Annual returns of the Patna Lunatic Asylum at Bankipore in Bihar and Orissa - 1912-1924
Year: 1912
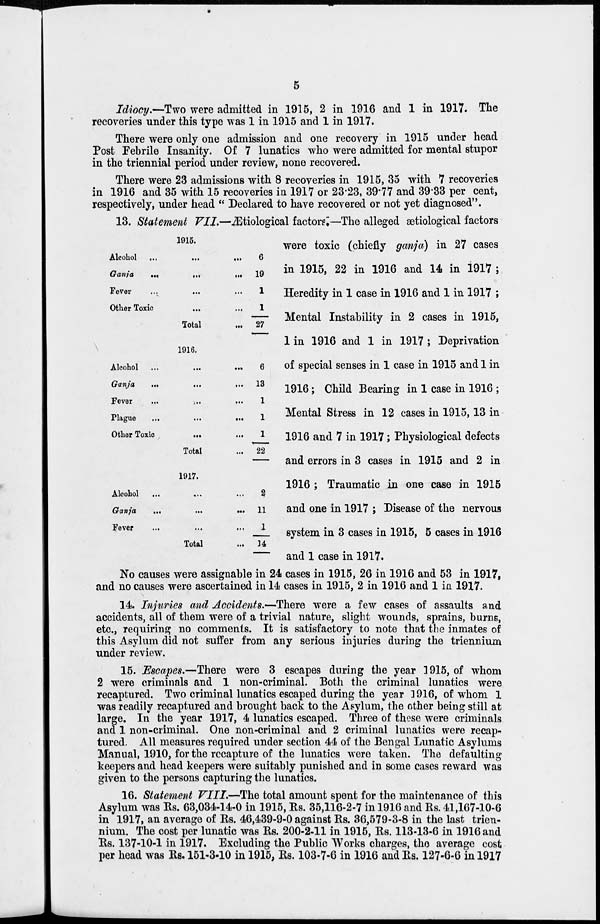
5
Idiocy.—Two were admitted in 1915, 2 in 1916 and 1 in 1917. The
recoveries under this type was 1 in 1915 and 1 in 1917.
There were only one admission and one recovery in 1915 under head
Post Febrile Insanity. Of 7 lunatics who were admitted for mental stupor
in the triennial period under review, none recovered.
There were 23 admissions with 8 recoveries in 1915, 35 with 7 recoveries
in 1916 and 35 with 15 recoveries in 1917 or 23.23, 39.77 and 39.33 per cent,
respectively, under head " Declared to have recovered or not yet diagnosed".
1915.
Alcohol
...
...
...
Ganja
...
...
...
Fever ... ... ...
Other Toxic ... ...
Total ...
6
19
1
1
27
1916.
Alcohol
...
...
...
Ganja
...
...
...
Fever ... ... ...
Plague
...
...
...
Other Toxic
...
...
Total ...
6
13
1
1
1
22
1917.
Alcohol ... ... ...
Ganja
...
...
...
Fever ... ... ...
Total ...
2
11
1
14
13. Statement VII.—Ætiological factors.—The alleged ætiological factors
were toxic (chiefly ganja) in 27 cases
in 1915, 22 in 1916 and 14 in 1917 ;
Heredity in 1 case in 1916 and 1 in 1917 ;
Mental Instability in 2 cases in 1915,
1 in 1916 and 1 in 1917 ; Deprivation
of special senses in 1 case in 1915 and 1 in
1916; Child Bearing in 1 case in 1916 ;
Mental Stress in 12 cases in 1915, 13 in
1916 and 7 in 1917; Physiological defects
and errors in 3 cases in 1915 and 2 in
1916 ; Traumatic in one case in 1915
and one in 1917 ; Disease of the nervous
system in 3 cases in 1915, 5 cases in 1916
and 1 case in 1917.
No causes were assignable in 24 cases in 1915, 26 in 1916 and 53 in 1917,
and no causes were ascertained in 14 cases in 1915, 2 in 1916 and 1 in 1917.
14. Injuries and Accidents.—There were a few cases of assaults and
accidents, all of them were of a trivial nature, slight wounds, sprains, burns,
etc., requiring no comments. It is satisfactory to note that the inmates of
this Asylum did not suffer from any serious injuries during the triennium
under review.
15. Escapes.—There were 3 escapes during the year 1915, of whom
2 were criminals and 1 non-criminal. Both the criminal lunatics were
recaptured. Two criminal lunatics escaped during the year 1916, of whom 1
was readily recaptured and brought back to the Asylum, the other being still at
large. In the year 1917, 4 lunatics escaped. Three of these were criminals
and 1 non-criminal. One non-criminal and 2 criminal lunatics were recap-
tured. All measures required under section 44 of the Bengal Lunatic Asylums
Manual, 1910, for the recapture of the lunatics were taken. The defaulting
keepers and head keepers were suitably punished and in some cases reward was
given to the persons capturing the lunatics.
16. Statement VIII.—The total amount spent for the maintenance of this
Asylum was Rs. 63,034-14-0 in 1915, Rs. 35,116-2-7 in 1916 and Rs. 41,167-10-6
in 1917, an average of Rs. 46,439-9-0 against Rs. 36,579-3-8 in the last trien-
nium. The cost per lunatic was Rs. 200-2-11 in 1915, Rs. 113-13-6 in 1916 and
Rs. 137-10-1 in 1917. Excluding the Public Works charges, the average cost
per head was Rs. 151-3-10 in 1915, Rs. 103-7-6 in 1916 and Rs. 127-6-6 in 1917